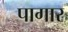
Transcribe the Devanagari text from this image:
पागार